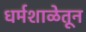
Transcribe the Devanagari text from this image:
धर्मशाळेतून